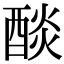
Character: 醈